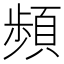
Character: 頻